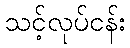
သင့်လုပ်ငန်း